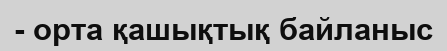
- орта қашықтық байланыс